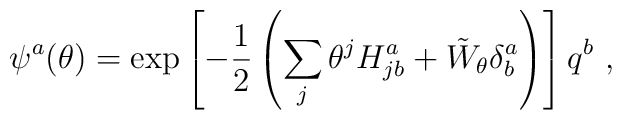
\psi^{a}(\theta) = \exp\left[- \frac{1}{2} \left( \sum_{j}\theta^{j}H^{a}_{j b} + {\tilde W}_{\theta}\delta^{a}_{b}\right) \right] q^{b}\ ,